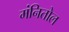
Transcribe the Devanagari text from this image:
मंनितोल